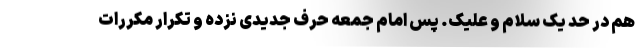
هم در حد یک سلام و علیک. پس امام جمعه حرف جدیدی نزده و تکرار مکررات